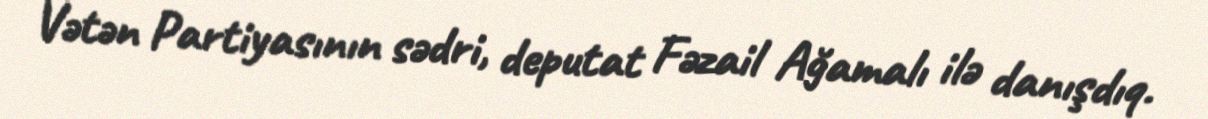
Vətən Partiyasının sədri, deputat Fəzail Ağamalı ilə danışdıq.